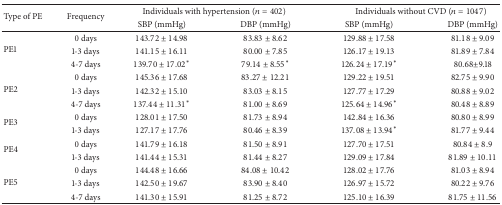
<table><thead><tr><td rowspan="2"><b>Type of PE</b></td><td rowspan="2"><b>Frequency</b></td><td colspan="2"><b> Individuals with hypertension (<i>n</i> = 402)</b></td><td colspan="2"><b> Individuals without CVD (<i>n</i> = 1047) </b></td></tr><tr><td><b>SBP (mmHg)</b></td><td><b>DBP (mmHg)</b></td><td><b>SBP (mmHg)</b></td><td><b>DBP (mmHg)</b></td></tr></thead><tbody><tr><td rowspan="3">PE1</td><td>0 days</td><td>143.72 ± 14.98</td><td>83.83 ± 8.62</td><td>129.88 ± 17.58</td><td>81.18 ± 9.09</td></tr><tr><td>1-3 days</td><td>141.15 ± 16.11</td><td>80.00 ± 7.85</td><td>126.17 ± 19.13</td><td>81.89 ± 7.84</td></tr><tr><td>4-7 days</td><td>139.70 ± 17.02<sup><i>∗</i></sup></td><td>79.14 ± 8.55<sup><i>∗</i></sup></td><td>126.24 ± 17.19<sup><i>∗</i></sup></td><td>80.68±9.18</td></tr><tr><td rowspan="3">PE2</td><td>0 days</td><td>145.36 ± 17.68</td><td>83.27 ± 12.21</td><td>129.22 ± 19.51</td><td>82.75 ± 9.90</td></tr><tr><td>1-3 days</td><td>142.32 ± 15.10</td><td>83.03 ± 8.15</td><td>127.77 ± 17.29</td><td>80.88 ± 9.02</td></tr><tr><td>4-7 days</td><td>137.44 ± 11.31<sup><i>∗</i></sup></td><td>81.00 ± 8.69</td><td>125.64 ± 14.96<sup><i>∗</i></sup></td><td>80.48 ± 8.89</td></tr><tr><td rowspan="2">PE3</td><td>0 days</td><td>128.01 ± 17.50</td><td>81.73 ± 8.94</td><td>142.84 ± 16.36</td><td>80.80 ± 8.99</td></tr><tr><td>1-3 days</td><td>127.17 ± 17.76</td><td>80.46 ± 8.39</td><td>137.08 ± 13.94<sup><i>∗</i></sup></td><td>81.77 ± 9.44</td></tr><tr><td rowspan="2">PE4</td><td>0 days</td><td>141.79 ± 16.18</td><td>81.50 ± 8.91</td><td>127.70 ± 17.51</td><td>80.84 ± 8.9</td></tr><tr><td>1-3 days</td><td>141.44 ± 15.31</td><td>81.44 ± 8.27</td><td>129.09 ± 17.84</td><td>81.89 ± 10.11</td></tr><tr><td rowspan="3">PE5</td><td>0 days</td><td>144.48 ± 16.66</td><td>84.08 ± 10.42</td><td>128.02 ± 17.76</td><td>81.03 ± 8.94</td></tr><tr><td>1-3 days</td><td>142.50 ± 19.67</td><td>83.90 ± 8.40</td><td>126.97 ± 15.72</td><td>80.22 ± 9.76</td></tr><tr><td>4-7 days</td><td>141.30 ± 15.91</td><td>81.25 ± 8.72</td><td>125.10 ± 16.39</td><td>81.75 ± 11.56</td></tr></tbody></table>